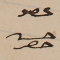
عضو حسن حصِر